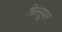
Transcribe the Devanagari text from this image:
चिल्लूपार